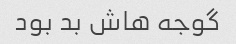
گوجه هاش بد بود